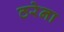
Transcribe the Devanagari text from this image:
ठरेना